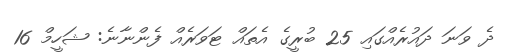
ދެ ވަނަ ދައުރެއްގައި 25 ބުރީގެ އެތައް ޓަވަރެއް ފެންނާނެ: ޝަހީމް 16